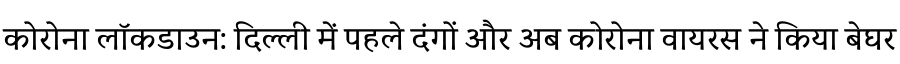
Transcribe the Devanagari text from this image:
कोरोना लॉकडाउन: दिल्ली में पहले दंगों और अब कोरोना वायरस ने किया बेघर